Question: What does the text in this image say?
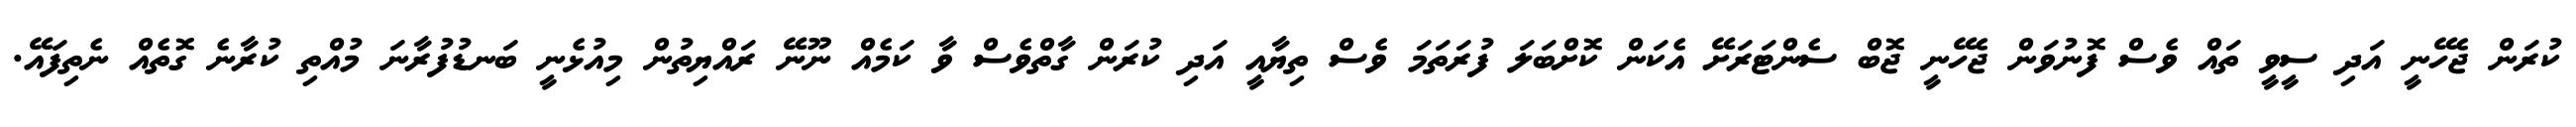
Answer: ކުރަން ޖެހޭނީ އަދި ސީވީ ތައް ވެސް ފޮނުވަން ޖެހޭނީ ޖޮބް ސެންޓަރަށޭ އެކަން ކޮށްބަލަ ފުރަތަމަ ވެސް ތިޔާއީ އަދި ކުރަން ގާތްވެސް ވާ ކަމެއް ނޫނޭ ރައްޔިތުން މިއުޅެނީ ބަނޑުފުރާނަ މުއްތި ކުރާނެ ގޮތެއް ނެތިފައޭ.